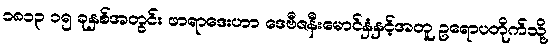
၁၈၁၃ ၁၅ ခုနှစ်အတွင်း ဖာရာဒေးဟာ ဒေဗီဇနီးမောင်နှံနှင့်အတူ ဥရောပတိုက်သို့